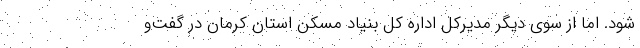
شود. اما از سوی دیگر مدیرکل اداره کل بنیاد مسکن استان کرمان در گفت‌و